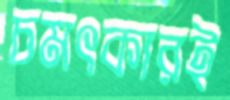
চমৎকারই